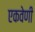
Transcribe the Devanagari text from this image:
एकवेणी